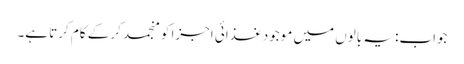
جواب: یہ بالوں میں موجود غذائی اجزا کو منجمد کر کے کام کرتا ہے۔